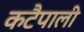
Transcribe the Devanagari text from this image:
कटैपाली